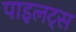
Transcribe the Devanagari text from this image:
पाइलट्स